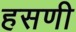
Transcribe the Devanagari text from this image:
हसणी